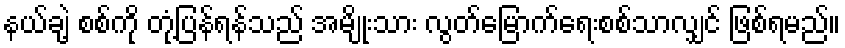
နယ်ချဲ့ စစ်ကို တုံ့ပြန်ရန်သည် အမျိုးသား လွတ်မြောက်ရေးစစ်သာလျှင် ဖြစ်ရမည်။